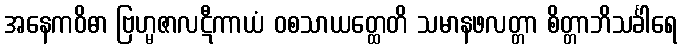
အနေကဝိဓာ ဗြဟ္မဇာလဋီကာယံ ဝစသာယတ္ထေတိ သမာနဖလတ္တာ စိတ္တာဘိသင်္ခါရေ